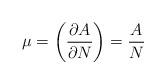
LaTeX: \begin{align*}\mu = \biggl( { \partial A \over \partial N } \biggr) = { A \over N }\end{align*}